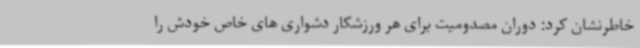
خاطرنشان کرد: دوران مصدومیت برای هر ورزشکار دشواری های خاص خودش را